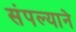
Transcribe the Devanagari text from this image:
संपल्‍याने